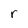
Character: r